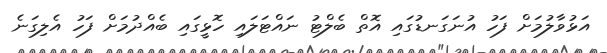
އަޅުވާލުމަށް ފަހު އުނަގަނޑުގައި އޮތް ބެލްޓު ނައްޓަލައި ހޮޅީގައި ބެއްދުމަށް ފަހު އެލިގަނެ